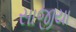
સાજીયા